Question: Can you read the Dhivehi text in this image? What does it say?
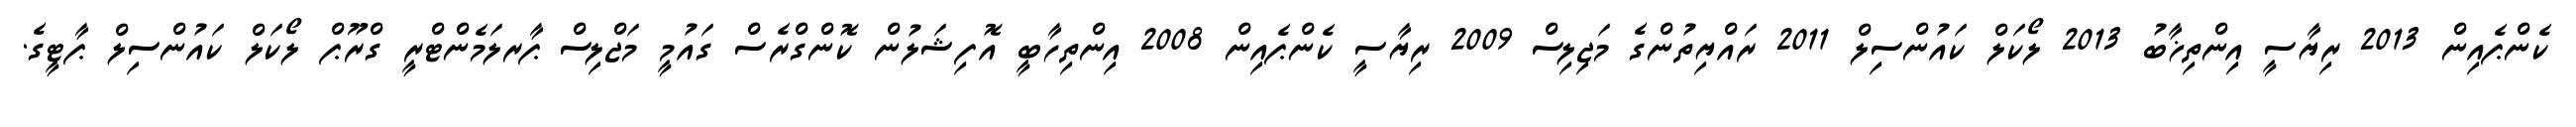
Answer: ކެންޕެއިން 2013 ރިޔާސީ އިންތިޚާބު 2013 ލޯކަލް ކައުންސިލް 2011 ރައްޔިތުންގެ މަޖިލިސް 2009 ރިޔާސީ ކެންޕެއިން 2008 އިންތިހާބީ އޮފިޝަލުން ކޮންގްރެސް ގައުމީ މަޖްލިސް ޕާރލަމެންޓްރީ ގްރޫޕް ލޯކަލް ކައުންސިލް ޕާޓީގެ.